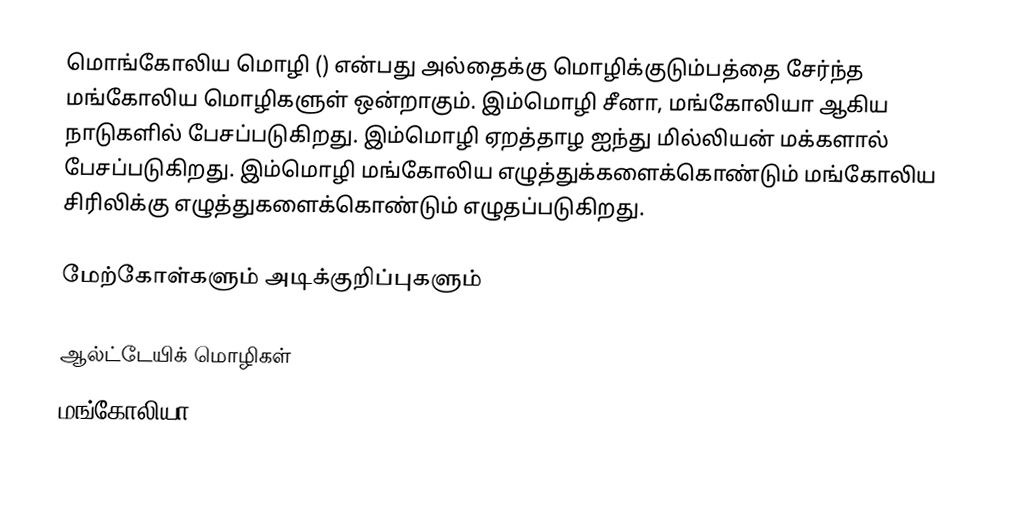
மொங்கோலிய மொழி () என்பது அல்தைக்கு மொழிக்குடும்பத்தை சேர்ந்த மங்கோலிய மொழிகளுள் ஒன்றாகும். இம்மொழி சீனா, மங்கோலியா ஆகிய நாடுகளில் பேசப்படுகிறது. இம்மொழி ஏறத்தாழ ஐந்து மில்லியன் மக்களால் பேசப்படுகிறது. இம்மொழி மங்கோலிய எழுத்துக்களைக்கொண்டும் மங்கோலிய சிரிலிக்கு எழுத்துகளைக்கொண்டும் எழுதப்படுகிறது.

மேற்கோள்களும் அடிக்குறிப்புகளும்

ஆல்ட்டேயிக் மொழிகள்
மங்கோலியா